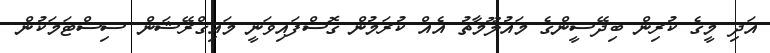
އަދި މީގެ ކުރިން ބިދޭސީންގެ މައުލޫމާތު އެއް ކުރަމުން ގޮސްފައިވަނީ މައިގްރޭޝަން ސިސްޓަމަކުން